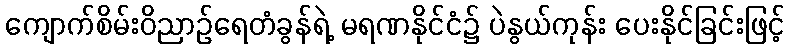
ကျောက်စိမ်းဝိညာဉ်ရေတံခွန်ရဲ့ မရဏနိုင်ငံ၌ ပဲနွယ်ကုန်း ပေးနိုင်ခြင်းဖြင့်